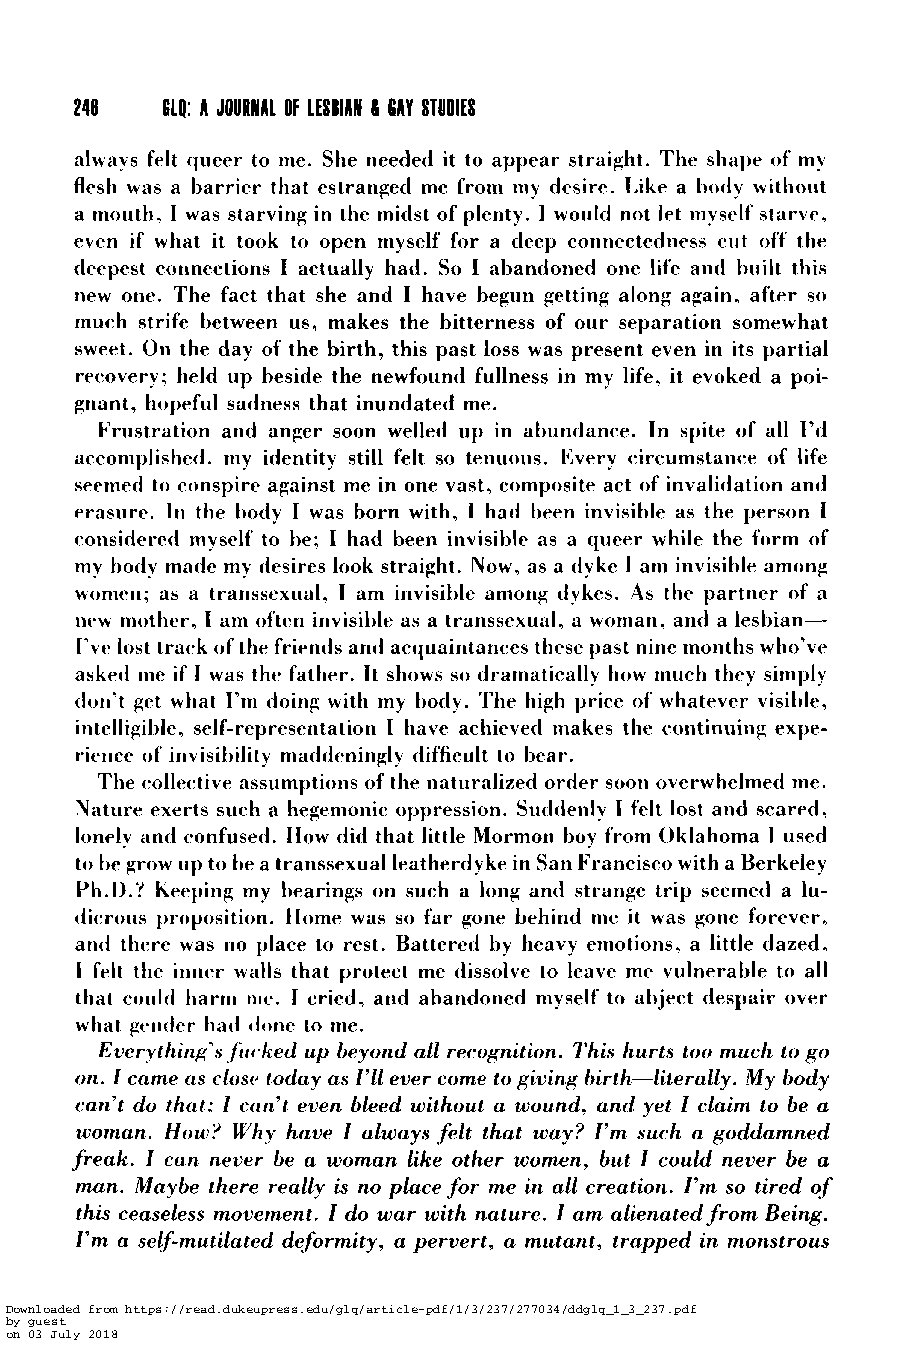
246   614: A JOURNAL OF LESBIAN 6 6AY STUDIES
 always felt queer to me. She needed it to appear straight. The shape of my
 flesh was a barrier that estranged me from my desire. Like a body without
 a mouth, I was starving in the midst of plenty. I would not let myself starve,
 even if what it took to open myself for a deep connectedness cut off the
 deepest connections I actually had. So I abandoned one life and hilt this
 new one. The fact that she and I have begun getting along again, after so
 much strife between us, makes the bitterness of our separation somewhat
 sweet. On the day of the birth, this past loss was present even in its partial
 recovery; held up beside the newfound fullness in my life, it evoked a poi-
 gnant, hopeful sadness that inundated me.
 Frustration and anger soon welled up in abundance. In spite of all I’d
 accomplished, my identity still felt so tenuous. Every circumstance of life
 seemed to conspire against me in one vast, composite act of invalidation and
 erasure. In the liody I was born with, I had been invisible as the person I
 considered myself to be; I had been invisible as a queer while the form of
 my hody made my desires look straight. Now, as a dyke I am invisible among
 women; as a transsexual, I am invisible among dykes. As the partner of a
 new mother, I am often invisible as a transsexual, a woman, and a lesbian-
 I’ve lost track of the friends and acquaintances these past nine months who’ve
 asked me if I was the father. It shows so dramatically how much they simply
 don’t get what I’m doing with my body. The high price of whatever visible,
 intelligible, self-representation I have achieved makes the continuing expe-
 rience of invisibility maddeningly difficult to bear.
 The collective assumptions of the naturalized order soon overwhelmed me.
 Nature exerts such a hegemonic oppression. Suddenly I felt lost and scared,
 lonely arid confused. How did that little Mormon boy from Oklahoma I used
 to be grow up to be a transsexual leatherdyke in San Francisco with a Berkeley
 Ph.D.? Keeping my bearings on such a long and strange trip seemed a lu-
 dicrous proposition. Home was so far gone behind me it was gone forever,
 and there was no place to rest. Battered by heavy emotions, a little dazed,
 I felt the inner walls that protect me dissolve to leave me vulnerable to all
 that could harm iue. I cried, and abandoned myself to abject despair over
 what gentler had tlone to me.
 Everything’s fkked up beyond all recognition. This hurts too much to go
 on. 1 came as closc. today as 1’11 ever come to giving birth-literally. My body
 can’t do that; 1 cun’t even bleed without a wound, and yet I claim to be a
 woman. How’ Why have 1 always felt that way? I’m such a goddamned
 freak. I can never be a woman like other women, but 1 could never be a
 man. Maybe there really is no place for me in all creation. I’m so tired of
 this ceaseless movement. 1 do war with nature. I am alienated from Being.
 I’m a self-mutilated deformity, a pervert, a mutant, trapped in monstrous
 Downloaded from https://read.dukeupress.edu/glq/article-pdf/1/3/237/277034/ddglq_1_3_237.pdf
 by guest
 on 03 July 2018